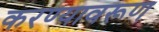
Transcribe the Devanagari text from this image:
करण्यावरूण